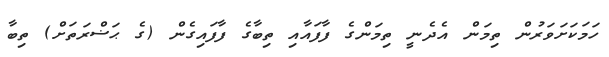
ހަމަކަށަވަރުން ތިމަން އެދެނީ ތިމަންގެ ފާފައާއި ތިބާގެ ފާފައިގެން (ގެ ޙަޟްރަތަށް) ތިބާ